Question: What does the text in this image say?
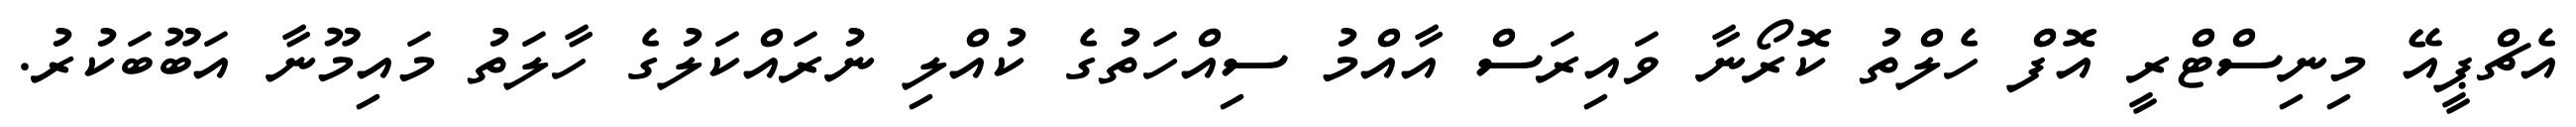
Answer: އެޗްޕީއޭ މިނިސްޓްރީ އޮފް ހެލްތު ކޮރޯނާ ވައިރަސް އާއްމު ސިއްހަތުގެ ކުއްލި ނުރައްކަލުގެ ހާލަތު މައިމޫނާ އަބޫބަކުރު.